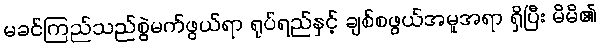
မခင်ကြည်သည်စွဲမက်ဖွယ်ရာ ရုပ်ရည်နှင့် ချစ်စဖွယ်အမူအရာ ရှိပြီး မိမိ၏